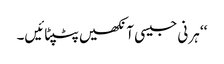
‘‘ ہرنی جیسی آنکھیں پٹپٹائیں۔